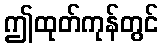
ဤထုတ်ကုန်တွင်